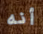
أنه